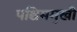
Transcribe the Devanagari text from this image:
पश्चिममुखी